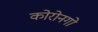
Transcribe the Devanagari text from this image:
कोरोनगो